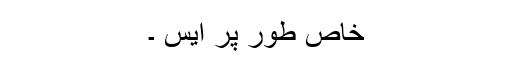
خاص طور پر ایس ۔